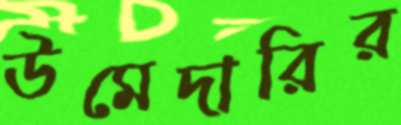
উমেদারির